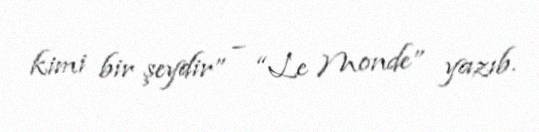
kimi bir şeydir” – “Le Monde” yazıb.